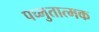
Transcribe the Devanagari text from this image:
पच्भुतात्मक